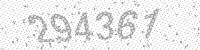
Solution: 294361